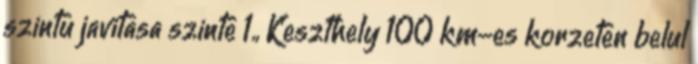
szintu javitasa szinte 1., Keszthely 100 km-es korzeten belul